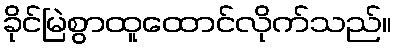
ခိုင်မြဲစွာထူထောင်လိုက်သည်။